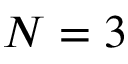
N = 3